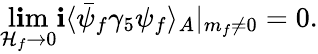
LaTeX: \operatorname*{l\mathbf{i}m}_{\mathcal{H}_{f}\rightarrow0}\mathbf{i}\langle\bar{{\psi}}_{f}\gamma_{5}\psi_{f}\rangle_{A}|_{m_{f}\ne0}=0.